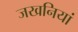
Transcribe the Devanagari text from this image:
जखनियां